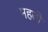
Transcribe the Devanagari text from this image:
महतीं